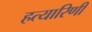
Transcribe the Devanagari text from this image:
हत्यारिणी